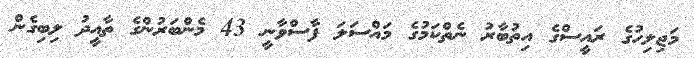
މަޖިލިހުގެ ރައީސްގެ އިތުބާރު ނެތްކަމުގެ މައްސަލަ ފާސްވާނީ 43 މެންބަރުންގެ ތާއީދު ލިބިގެން